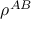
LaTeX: \rho ^ { A B }